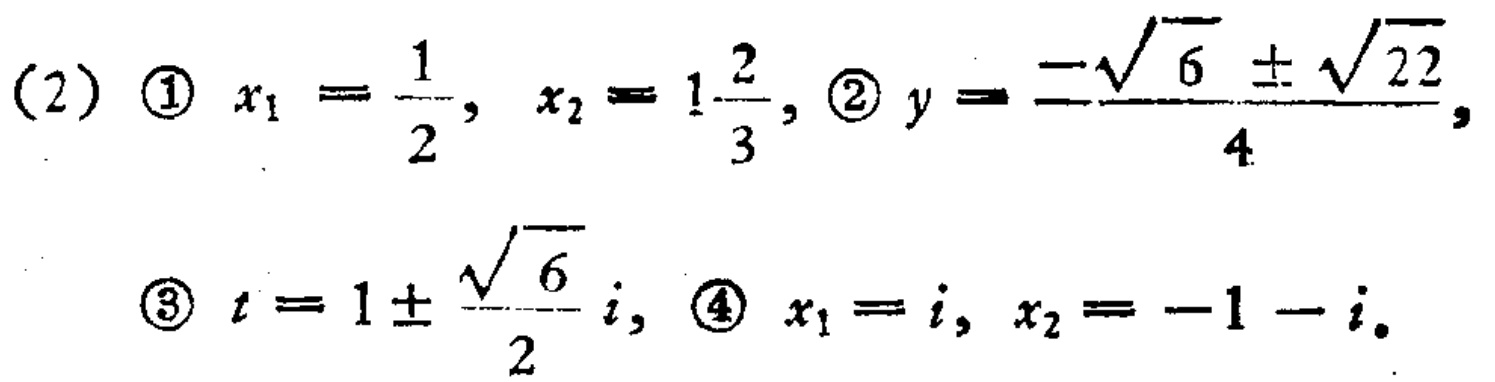
(2) \textcircled{1} \(x_1 = \frac{1}{2}, x_2 = 1\frac{2}{3}\), \textcircled{2} \(y=\frac{-\sqrt{6}\pm\sqrt{22}}{4}\),
\textcircled{3} \(t = 1\pm\frac{\sqrt{6}}{2}i\), \textcircled{4} \(x_1 = i, x_2=-1 - i\).